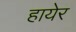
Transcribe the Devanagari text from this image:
हायेर